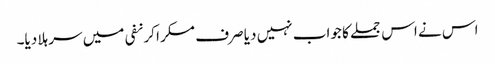
اس نے اس جملے کا جواب نہیں دیا صرف مسکرا کر نفی میں سر ہلا دیا۔